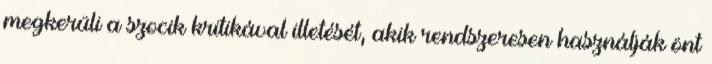
megkerüli a szocik kritikával illetését, akik rendszeresen használják önt